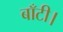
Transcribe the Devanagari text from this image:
बाँटी।